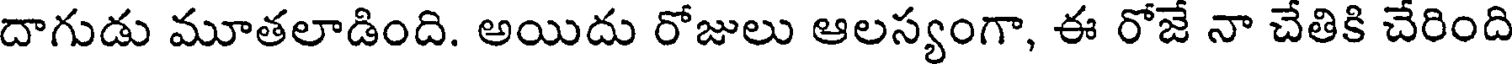
దాగుడు మూతలాడింది. అయిదు రోజులు ఆలస్యంగా, ఈ రోజే నా చేతికి చేరింది